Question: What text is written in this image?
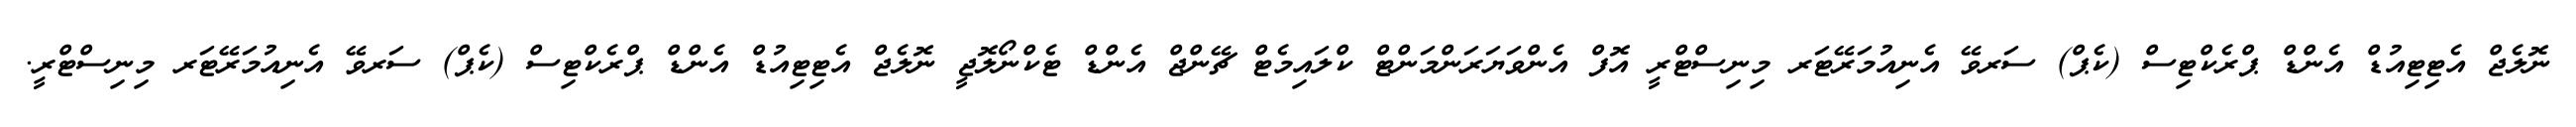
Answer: ނޮލެޖް އެޓިޓިއުޑް އެންޑް ޕްރެކްޓިސް (ކެޕް) ސަރވޭ އެނިއުމަރޭޓަރ މިނިސްޓްރީ އޮފް އެންވަޔަރަންމަންޓް ކްލައިމެޓް ޗޭންޖް އެންޑް ޓެކްނޯލޮޖީ ނޮލެޖް އެޓިޓިއުޑް އެންޑް ޕްރެކްޓިސް (ކެޕް) ސަރވޭ އެނިއުމަރޭޓަރ މިނިސްޓްރީ.